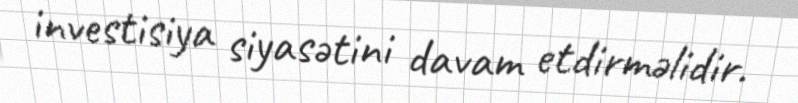
investisiya siyasətini davam etdirməlidir.